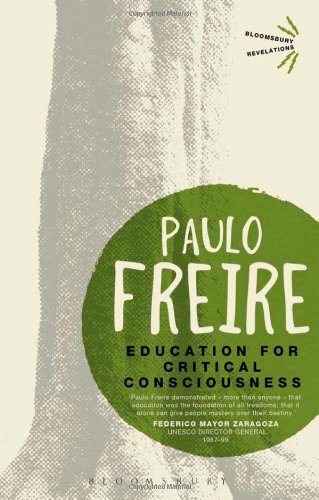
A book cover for Education for Critical Consciousness (Bloomsbury Revelations); Paulo Freire; Politics & Social Sciences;